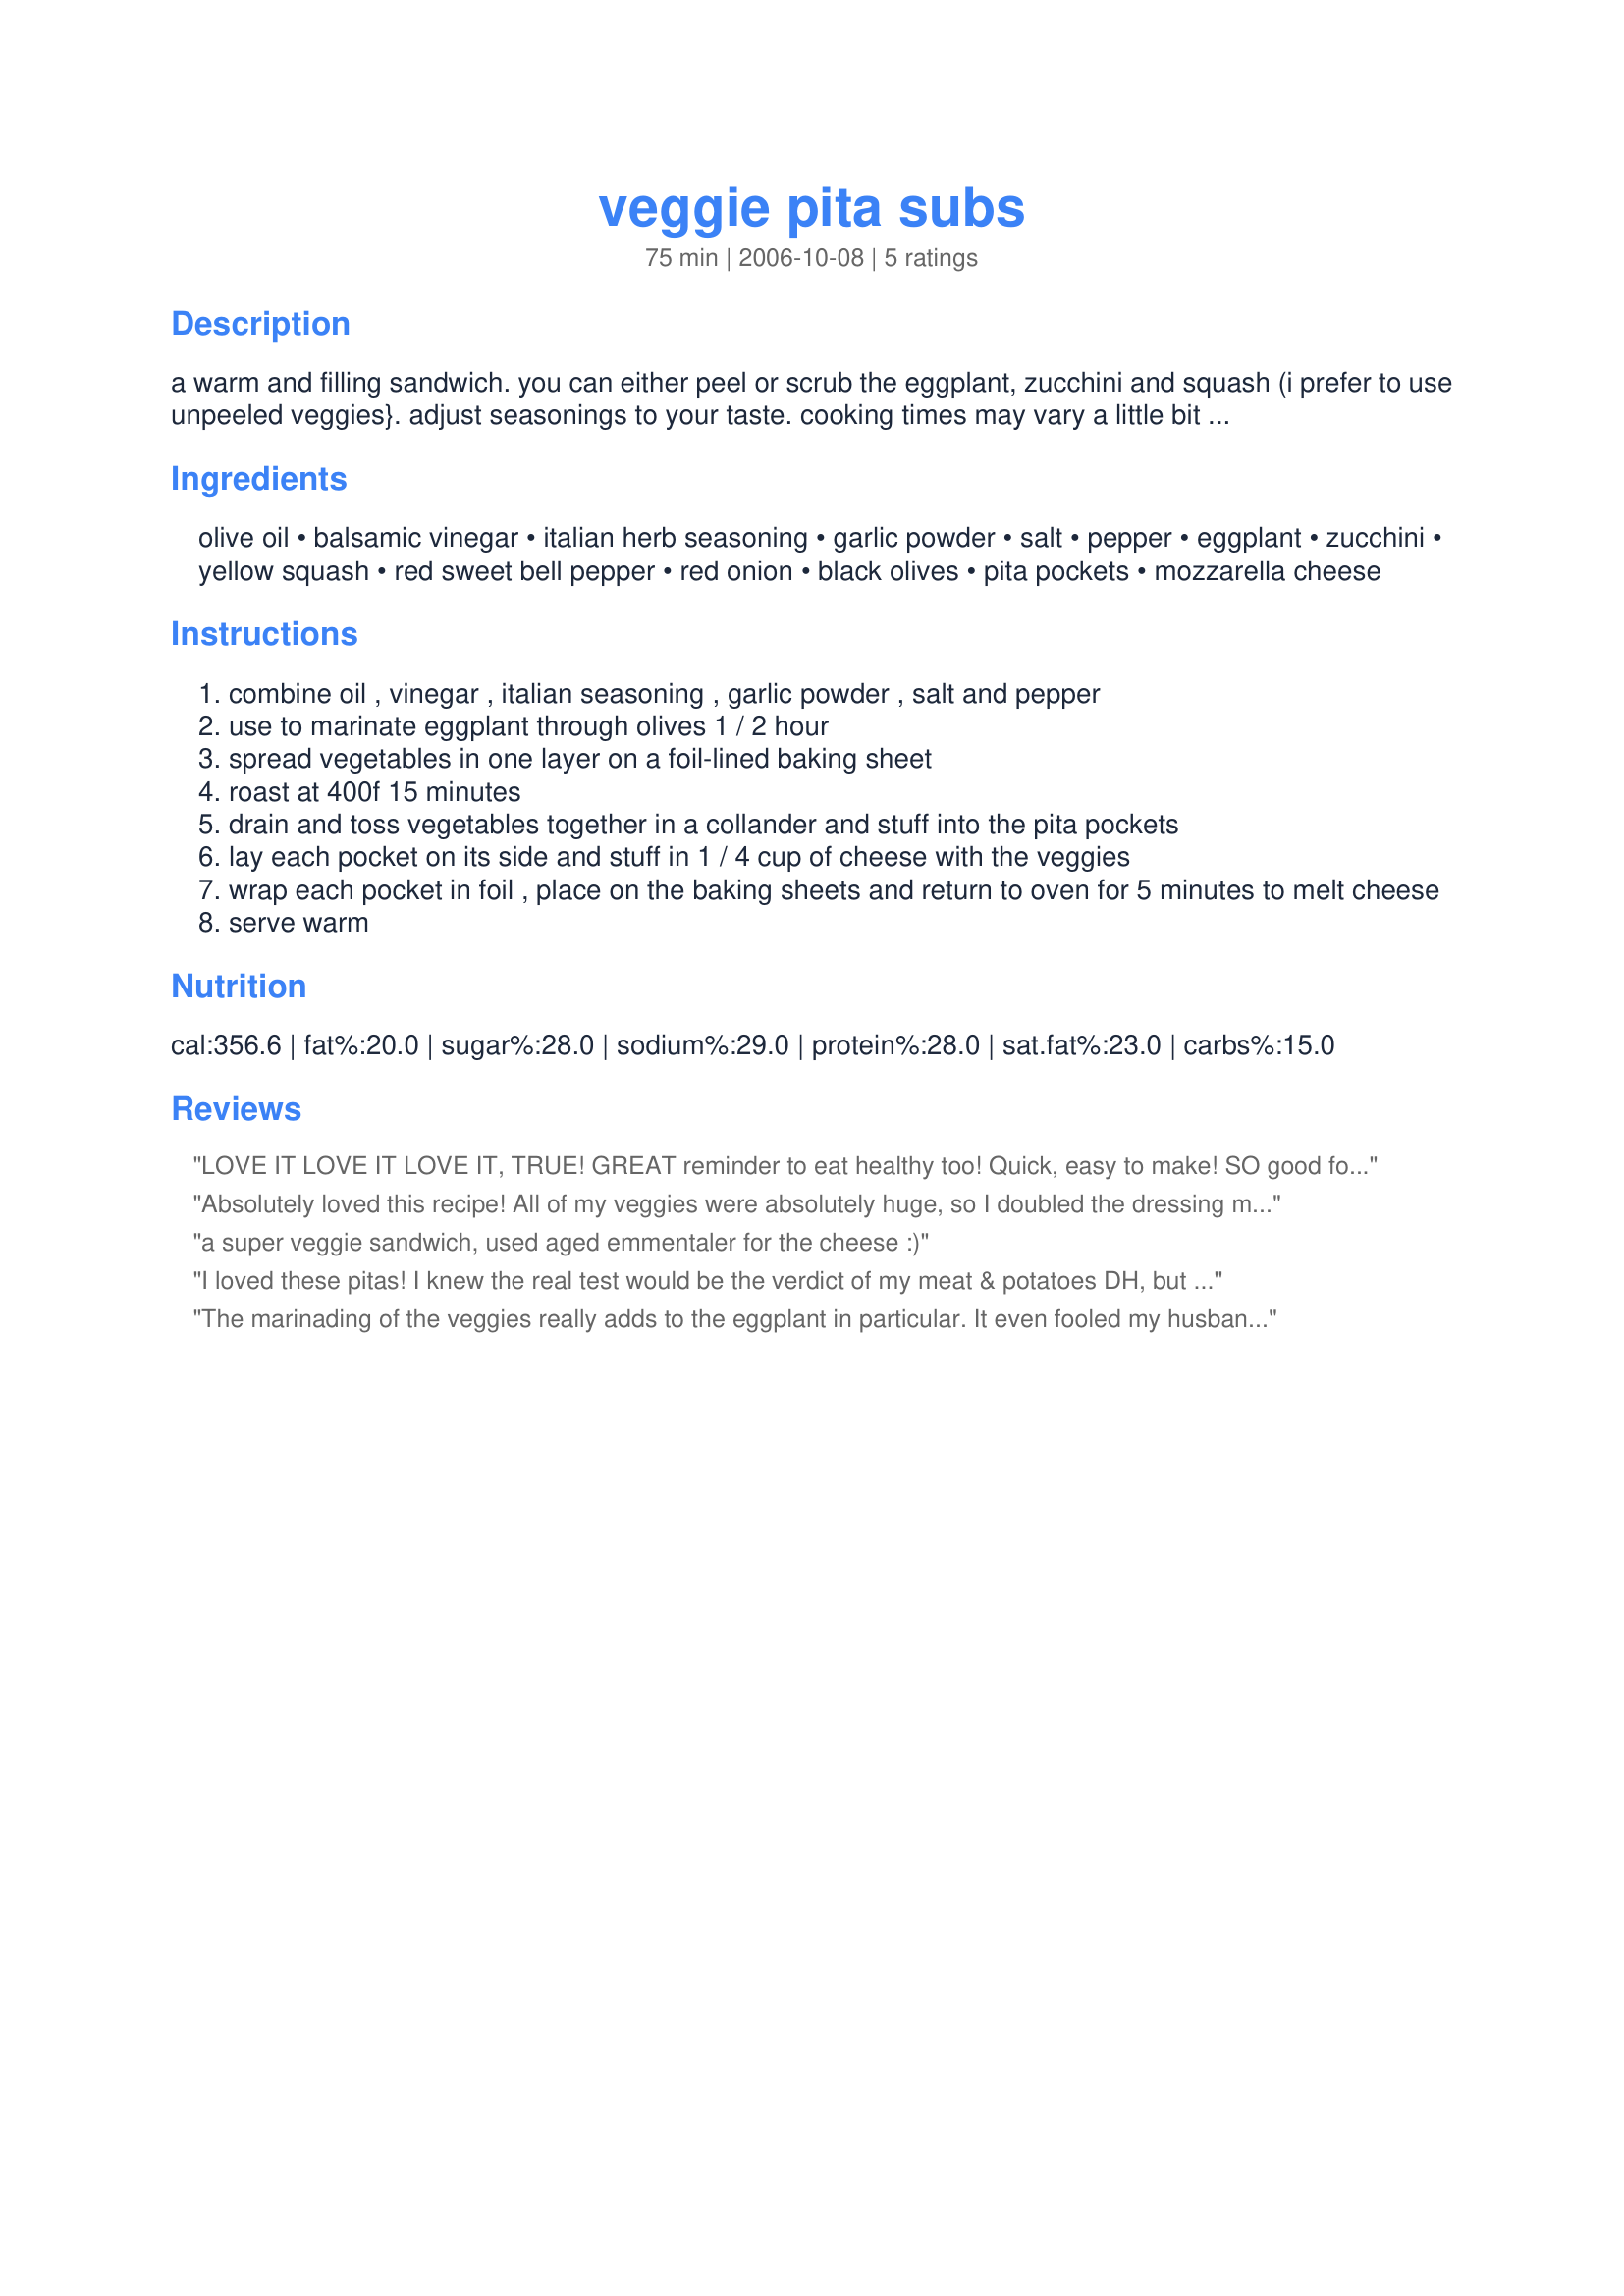
veggie pita subs
Preparation time: 75 minutes

a warm and filling sandwich. you can either peel or scrub the eggplant, zucchini and squash (i prefer to use unpeeled veggies}. adjust seasonings to your taste. cooking times may vary a little bit depending on your oven. preparation time includes 1/2 hour marinating time.

Ingredients:
olive oil, balsamic vinegar, italian herb seasoning, garlic powder, salt, pepper, eggplant, zucchini, yellow squash, red sweet bell pepper, red onion, black olives, pita pockets, mozzarella cheese

Steps:
combine oil , vinegar , italian seasoning , garlic powder , salt and pepper
use to marinate eggplant through olives 1 / 2 hour
spread vegetables in one layer on a foil-lined baking sheet
roast at 400f 15 minutes
drain and toss vegetables together in a collander and stuff into the pita pockets
lay each pocket on its side and stuff in 1 / 4 cup of cheese with the veggies
wrap each pocket in foil , place on the baking sheets and return to oven for 5 minutes to melt cheese
serve warm

Reviews:
LOVE IT LOVE IT LOVE IT, TRUE! GREAT reminder to eat healthy too! Quick, easy to make! SO good for you for you own health sake! THANKS!
SECOND TIME MAKING: Used 3/4 low fat cheeder, thought it was better, TRUE!
Also put in rolled tortilla too!
Tortilla in microwave for 20 seconds for me!
Added cheese to veggies so was already melted for three!
THANKS AGAIN!
Absolutely loved this recipe! All of my veggies were absolutely huge, so I doubled the dressing mixture and cooked on two sheet pans. Omitted the olives and served with just a little cheese rolled in a flat wrap for a great summer dinner. Thanks for sharing the recipe!
a super veggie sandwich, used aged emmentaler for the cheese :)
I loved these pitas! I knew the real test would be the verdict of my meat & potatoes DH, but he loved them too. :-) I cannot get yellow squash here, so left that out & used a mix of mozzarella & cheddar for the cheese. Otherwise I made no chgs except to fully mix the cheese w/the veggies so all the veggies would show in the pic. Would not chg a thing here, except will prob add mushrooms next time to replace the squash. Pls see my rating system - a very worthy 4*. Thx for posting this recipe.
The marinading of the veggies really adds to the eggplant in particular. It even fooled my husband into thinking there was meat in the sandwich! Thanks Echo Echo, for postingg.

Roxygirl
